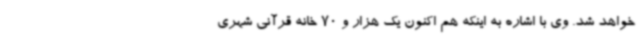
خواهد شد. وی با اشاره به اینکه هم اکنون یک هزار و 70 خانه قرآنی شهری